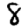
Digit: 8